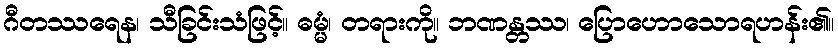
ဂီတဿရေန၊ သီခြင်းသံဖြင့်။ ဓမ္မံ၊ တရားကို။ ဘဏန္တဿ၊ ပြောဟောသောရဟန်း၏။